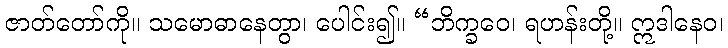
ဇာတ်တော်ကို။ သမောဓာနေတွာ၊ ပေါင်း၍။ “ဘိက္ခဝေ၊ ရဟန်းတို့။ ဣဒါနေဝ၊